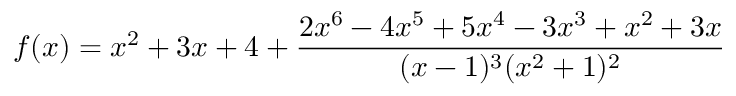
f ( x ) = x ^ { 2 } + 3 x + 4 + { \frac { 2 x ^ { 6 } - 4 x ^ { 5 } + 5 x ^ { 4 } - 3 x ^ { 3 } + x ^ { 2 } + 3 x } { ( x - 1 ) ^ { 3 } ( x ^ { 2 } + 1 ) ^ { 2 } } }